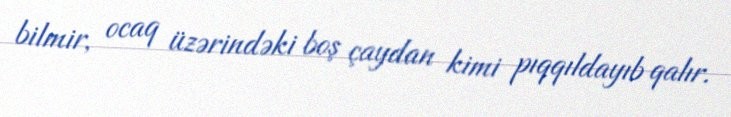
bilmir, ocaq üzərindəki boş çaydan kimi pıqqıldayıb qalır.